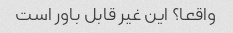
واقعا؟ این غیر قابل باور است